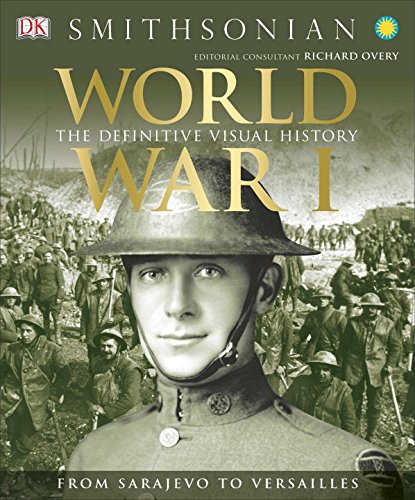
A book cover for World War I: The Definitive Visual History; R.G. Grant; Arts & Photography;